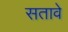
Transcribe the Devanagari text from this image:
सतावे